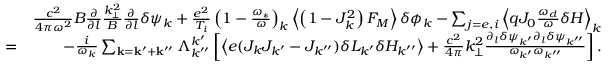
\begin{array} { r l r } & { } & { \frac { c ^ { 2 } } { 4 \pi \omega ^ { 2 } } B \frac { \partial } { \partial l } \frac { k _ { \perp } ^ { 2 } } { B } \frac { \partial } { \partial l } \delta \psi _ { k } + \frac { e ^ { 2 } } { T _ { i } } \left( 1 - \frac { \omega _ { * } } { \omega } \right) _ { k } \left\langle \left( 1 - J _ { k } ^ { 2 } \right) F _ { M } \right\rangle \delta \phi _ { k } - \sum _ { j = e , i } \left\langle q J _ { 0 } \frac { \omega _ { d } } { \omega } \delta H \right\rangle _ { k } } \\ & { = } & { - \frac { i } { \omega _ { k } } \sum _ { \mathbf { k } = \mathbf { k } ^ { \prime } + \mathbf { k } ^ { \prime \prime } } \Lambda _ { k ^ { \prime \prime } } ^ { k ^ { \prime } } \left[ \left\langle e ( J _ { k } J _ { k ^ { \prime } } - J _ { k ^ { \prime \prime } } ) \delta L _ { k ^ { \prime } } \delta H _ { k ^ { \prime \prime } } \right\rangle + \frac { c ^ { 2 } } { 4 \pi } k _ { \perp } ^ { 2 } \frac { \partial _ { l } \delta \psi _ { k ^ { \prime } } \partial _ { l } \delta \psi _ { k ^ { \prime \prime } } } { \omega _ { k ^ { \prime } } \omega _ { k ^ { \prime \prime } } } \right] . } \end{array}